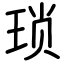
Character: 琐